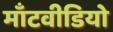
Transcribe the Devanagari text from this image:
माँटवीडियो